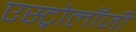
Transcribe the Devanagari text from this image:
एस्‍ट्रोलॉजी